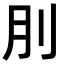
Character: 刖